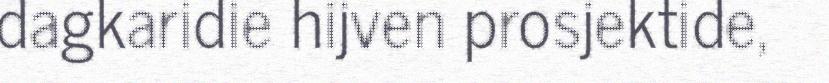
dagkaridie hijven prosjektide,